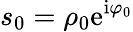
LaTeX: s_{0}=\rho_{0}\mathrm{e}^{\mathrm{i}\varphi_{0}}